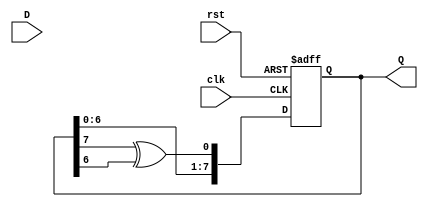
module FeedbackRegister #(
    parameter WIDTH = 8,            // Width of the register
    parameter INITIAL_STATE = 8'b00000000 // Initial state on reset
)(
    input wire clk,                 // Clock input
    input wire rst,                 // Asynchronous reset
    input wire [WIDTH-1:0] D,       // Data input
    output reg [WIDTH-1:0] Q        // Current state output
);

    // Internal signal for feedback logic
    wire feedback;

    // Example feedback logic: XOR of the last two bits of Q
    assign feedback = Q[WIDTH-1] ^ Q[WIDTH-2];

    always @(posedge clk or posedge rst) begin
        if (rst) begin
            // Reset the register to the initial state
            Q <= INITIAL_STATE;
        end else begin
            // Update the register based on feedback and data input
            Q <= {Q[WIDTH-2:0], feedback}; // Shift left and insert feedback
            // Alternatively, you could use the data input D
            // Q <= D; // Uncomment this line to load D instead of feedback
        end
    end

endmodule